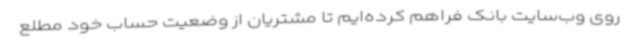
روی وب‌سایت بانک فراهم کرده‌ایم تا مشتریان از وضعیت حساب خود مطلع